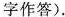
字作答).